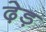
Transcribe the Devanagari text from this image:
ढ़ेड़